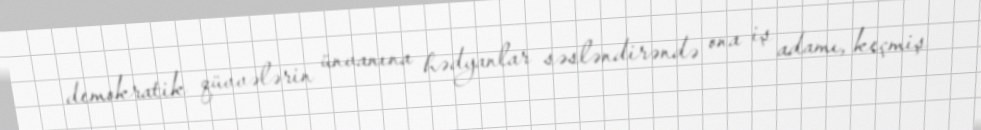
demokratik qüvvələrin ünvanına hədyanlar səsləndirəndə ona iş adamı, keçmiş